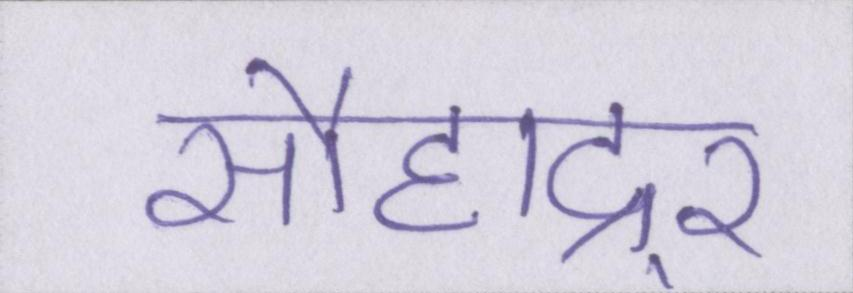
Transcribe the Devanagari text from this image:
सौहाद्र्र